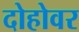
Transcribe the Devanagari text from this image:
दोहोवर